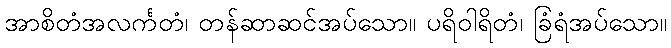
အာစိတံအလင်္ကတံ၊ တန်ဆာဆင်အပ်သော။ ပရိဝါရိတံ၊ ခြံရံအပ်သော။